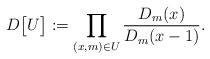
LaTeX: \begin{align*}D\big[U\big] := \prod_{(x,m)\in U} \frac{D_{m}(x)}{D_{m}(x-1)}.\end{align*}